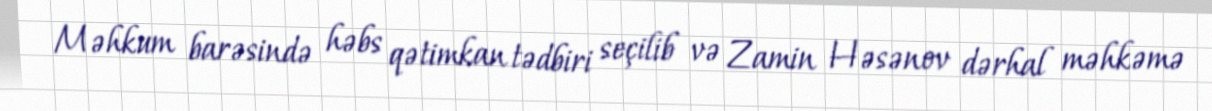
Məhkum barəsində həbs qətimkan tədbiri seçilib və Zamin Həsənov dərhal məhkəmə